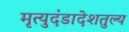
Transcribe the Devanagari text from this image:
मृत्युदंडादेशतुल्य